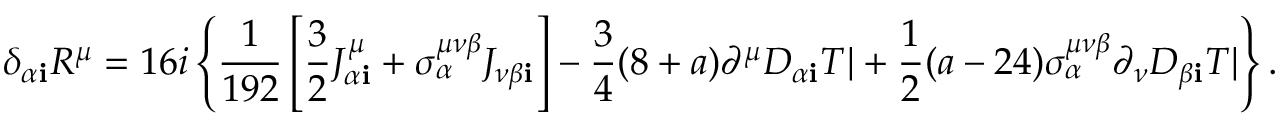
\delta _ { \alpha { \mathbf i } } { \cal R } ^ { \mu } = 1 6 i \left\{ \frac { 1 } { 1 9 2 } \left[ \frac { 3 } { 2 } J _ { \alpha { \mathbf i } } ^ { \mu } + \sigma _ { \alpha } ^ { \mu \nu \beta } J _ { \nu \beta { \mathbf i } } \right] - \frac { 3 } { 4 } ( 8 + a ) \partial ^ { \mu } D _ { \alpha { \mathbf i } } T | + \frac { 1 } { 2 } ( a - 2 4 ) \sigma _ { \alpha } ^ { \mu \nu \beta } \partial _ { \nu } D _ { \beta { \mathbf i } } T | \right\} .